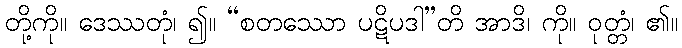
တို့ကို။ ဒေဿတုံ၊ ၍။ “စတဿော ပဋိပဒါ”တိ အာဒိ၊ ကို။ ဝုတ္တံ၊ ၏။